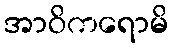
အာဝိကရောမိ